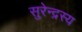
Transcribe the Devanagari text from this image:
सुरेन्द्रस्य